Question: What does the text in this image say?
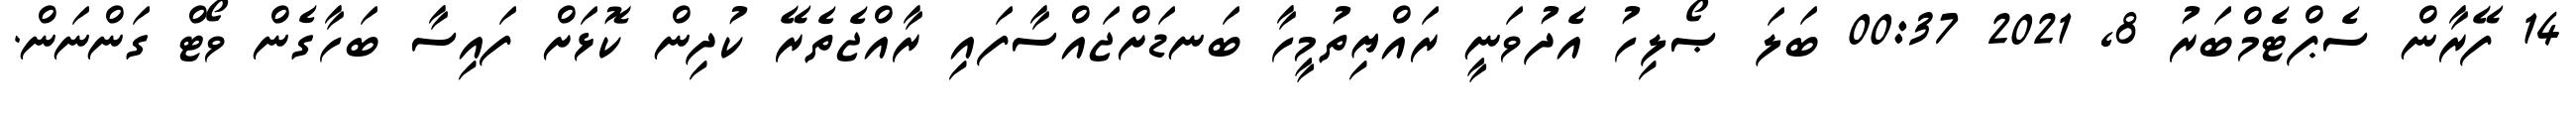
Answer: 14 ފޭރާން ސެޕްޓެމްބަރު 8, 2021 00:37 ބަލަ ޞޯލިހު އެދުވަނީ ރައްޔިތުމީހާ ބަނޑަށްޖައްސާފައި ރާއްޖެތެރޭ ކުދިން ކޮޅަށް ފައިސާ ބަހާގެން ވޯޓް ގަންނަން.